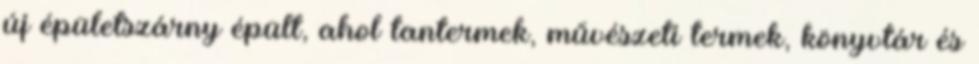
új épületszárny épült, ahol tantermek, művészeti termek, könyvtár és